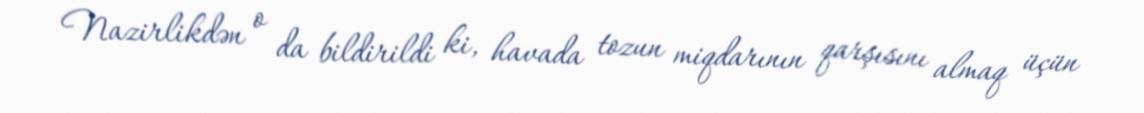
Nazirlikdən o da bildirildi ki, havada tozun miqdarının qarşısını almaq üçün